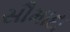
સૌમાદા